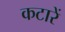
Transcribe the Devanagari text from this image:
कटारें